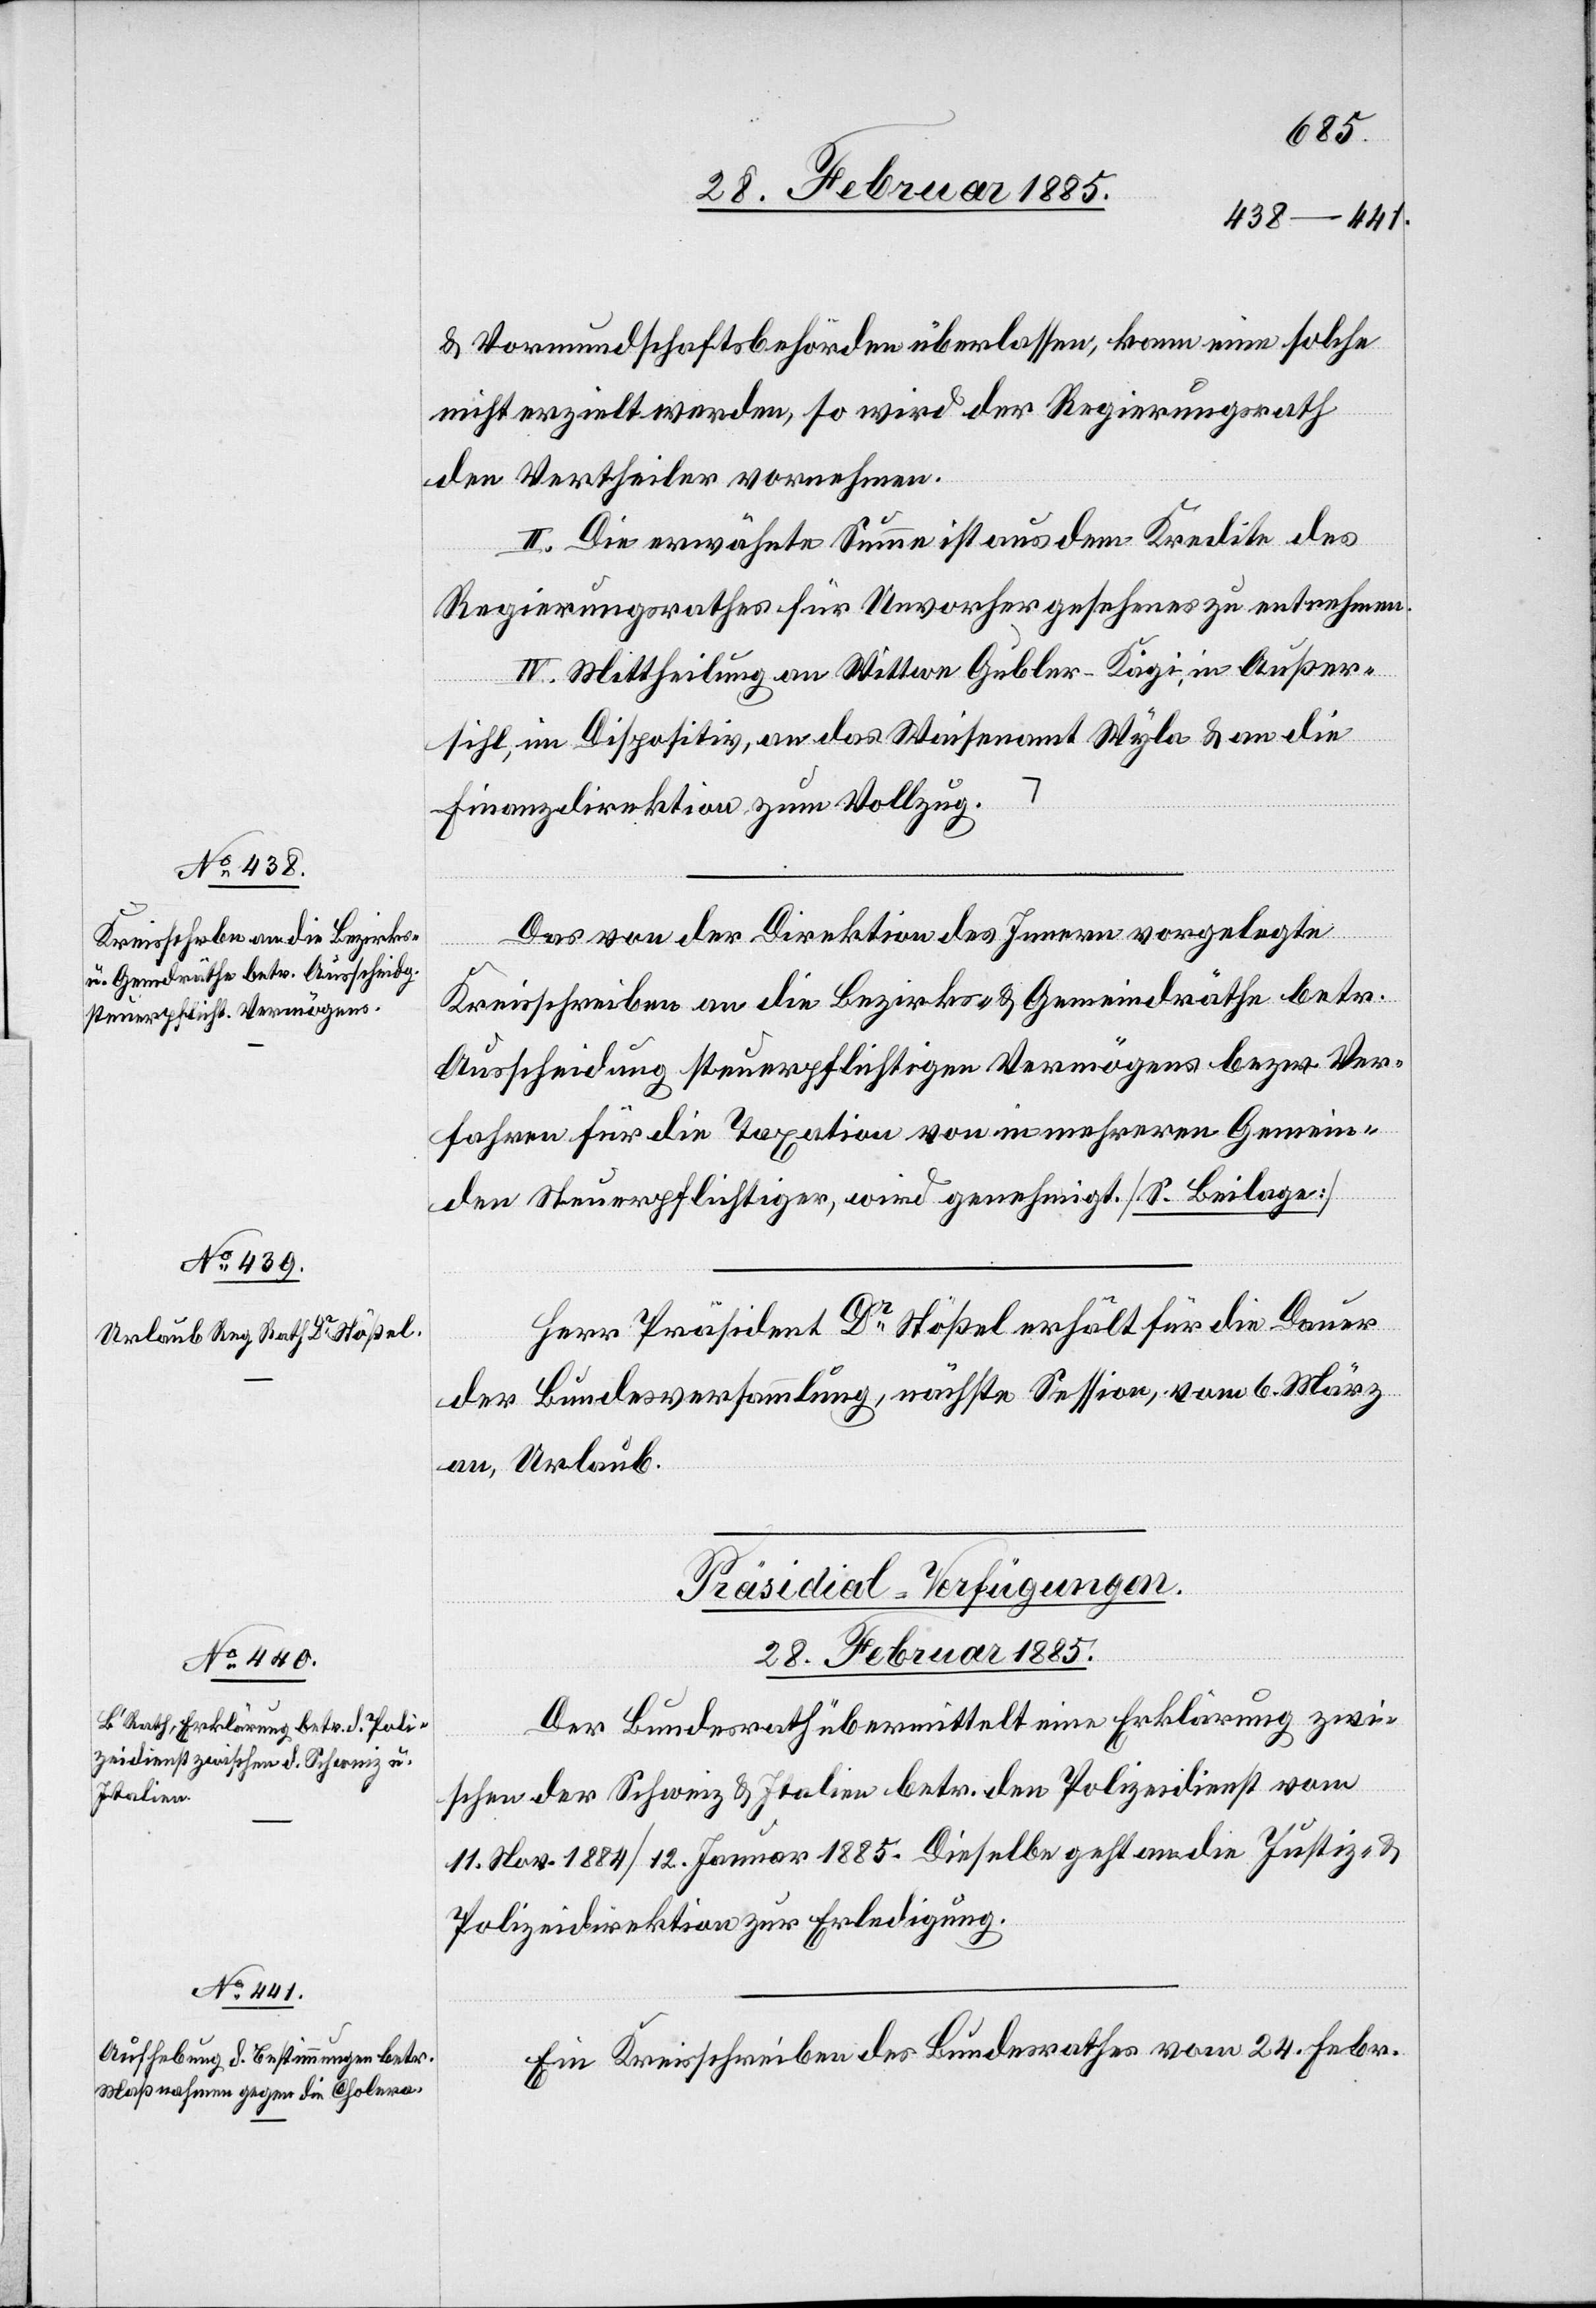
& Vormundschaftsbehörden überlassen, kann eine solche
nicht erzielt werden, so wird der Regierungsrath
den Vertheiler vornehmen.
III. Die erwähnte Summe ist aus dem Kredite des
Regierungsrathes für Unvorhergesehenes zu entnehmen.
IV. Mittheilung an Wittwe Gubler-Kägi, in Außer¬
sihl, im Dispositiv, an das Waisenamt Wyla & an die
Finanzdirektion zum Vollzug.
Das von der Direktion des Innern vorgelegte
Kreisschreiben an die Bezirks- & Gemeindräthe betr.
Ausscheidung steuerpflichtigen Vermögens bezw. Ver¬
fahren für die Taxation von in mehreren Gemein¬
den Steuerpflichtiger, wird genehmigt. [S. Beilage]
Herr Präsident Dr Stößel erhält für die Dauer
der Bundesversammlung, nächste Session, vom 6. März
an, Urlaub.
[Präsidial-Verfügungen.
28. Februar 1885.]
Der Bundesrath übermittelt eine Erklärung zwi¬
schen der Schweiz & Italien betr. Polizeidienst vom
11. Nov. 1884/12. Januar 1885. Dieselbe geht an die Justiz- &
Polizeidirektion zur Erledigung.
Ein Kreisschreiben des Bundesrathes vom 24. Febr.